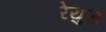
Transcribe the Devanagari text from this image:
रेयुस